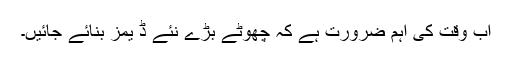
اب وقت کی اہم ضرورت ہے کہ چھوٹے بڑے نئے ڈ یمز بنائے جائیں۔